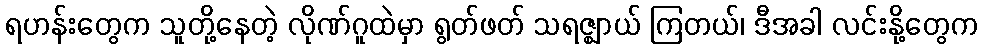
ရဟန်းတွေက သူတို့နေတဲ့ လိုဏ်ဂူထဲမှာ ရွတ်ဖတ် သရဇ္ဈာယ် ကြတယ်၊ ဒီအခါ လင်းနို့တွေက